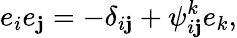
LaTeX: e_{i}e_{\mathbf{j}}=-\delta_{i\mathbf{j}}+\psi_{i\mathbf{j}}^{k}e_{k},